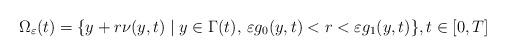
LaTeX: \begin{align*} \Omega_\varepsilon(t) = \{y+r\nu(y,t) \mid y\in\Gamma(t), \, \varepsilon g_0(y,t)<r<\varepsilon g_1(y,t)\}, t\in[0,T]\end{align*}